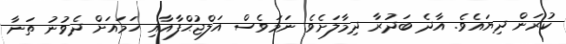
ކުރަން ދިޔައެވެ. އާދެ ބަދުރާ ދިމާލަށެވެ. ނަމަވެސް އަލްޖުޙްފާއާއި ހަމައަށް ދެވުނު ތަނާ